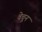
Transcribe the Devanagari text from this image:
वेचून